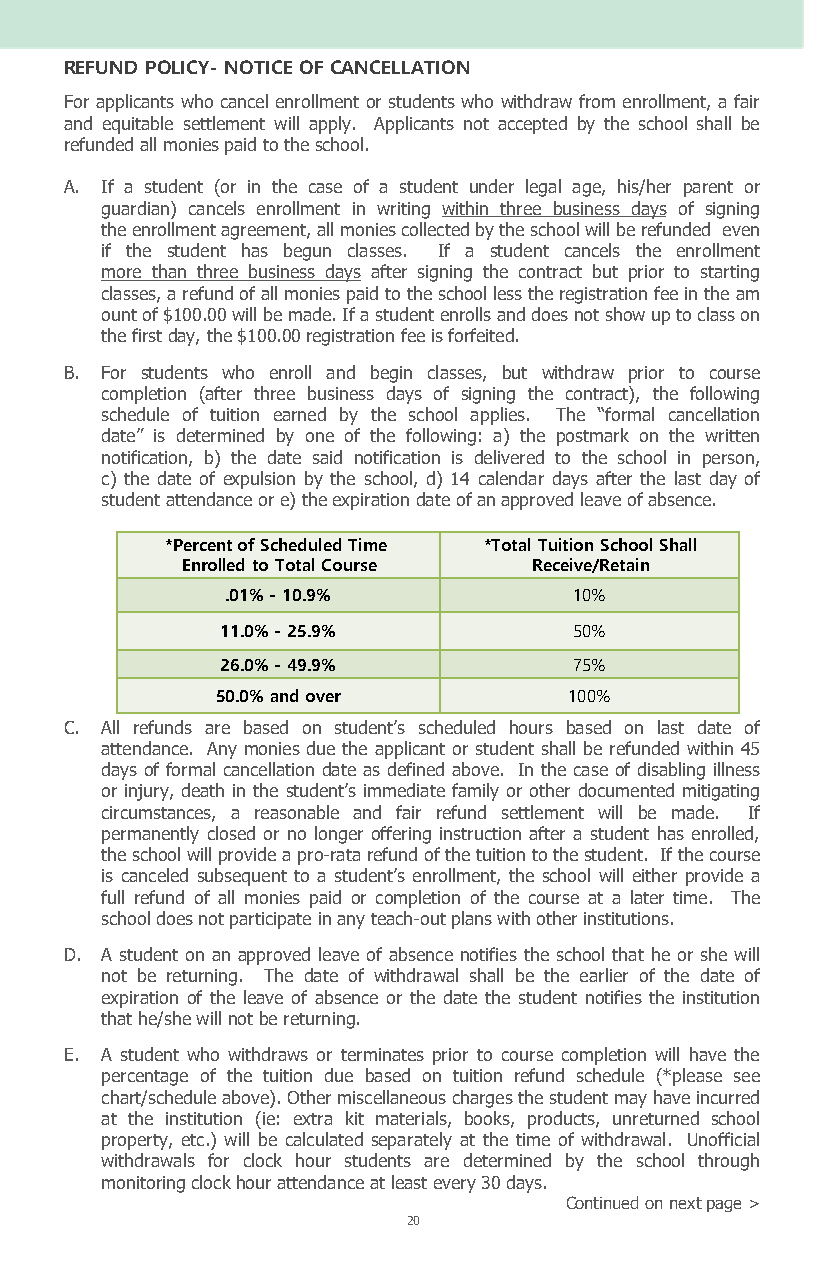
REFUND POLICY- NOTICE OF CANCELLATION
 For applicants who cancel enrollment or students who withdraw from enrollment, a fair
 and equitable settlement will apply. Applicants not accepted by the school shall be
 refunded all monies paid to the school.
 A. If a student (or in the case of a student under legal age, his/her parent or
 guardian) cancels enrollment in writing within three business days of signing
 the enrollment agreement, all monies collected by the school will be refunded even
 if the student has begun classes. If a student cancels the enrollment
 more than three business days after signing the contract but prior to starting
 classes, a refund of all monies paid to the school less the registration fee in the am
 ount of $100.00 will be made. If a student enrolls and does not show up to class on
 the first day, the $100.00 registration fee is forfeited.
 B. For students who enroll and begin classes, but withdraw prior to course
 completion (after three business days of signing the contract), the following
 schedule of tuition earned by the school applies. The “formal cancellation
 date” is determined by one of the following: a) the postmark on the written
 notification, b) the date said notification is delivered to the school in person,
 c) the date of expulsion by the school, d) 14 calendar days after the last day of
 student attendance or e) the expiration date of an approved leave of absence.
 *Percent of Scheduled Time *Total Tuition School Shall
 Enrolled to Total Course Receive/Retain
 .01% - 10.9%           10%
 11.0% - 25.9%          50%
 26.0% - 49.9%          75%
 50.0% and over          100%
 C. All refunds are based on student’s scheduled hours based on last date of
 attendance. Any monies due the applicant or student shall be refunded within 45
 days of formal cancellation date as defined above. In the case of disabling illness
 or injury, death in the student’s immediate family or other documented mitigating
 circumstances, a reasonable and fair refund settlement will be made. If
 permanently closed or no longer offering instruction after a student has enrolled,
 the school will provide a pro-rata refund of the tuition to the student. If the course
 is canceled subsequent to a student’s enrollment, the school will either provide a
 full refund of all monies paid or completion of the course at a later time. The
 school does not participate in any teach-out plans with other institutions.
 D. A student on an approved leave of absence notifies the school that he or she will
 not be returning. The date of withdrawal shall be the earlier of the date of
 expiration of the leave of absence or the date the student notifies the institution
 that he/she will not be returning.
 E. A student who withdraws or terminates prior to course completion will have the
 percentage of the tuition due based on tuition refund schedule (*please see
 chart/schedule above). Other miscellaneous charges the student may have incurred
 at the institution (ie: extra kit materials, books, products, unreturned school
 property, etc.) will be calculated separately at the time of withdrawal. Unofficial
 withdrawals for clock hour students are determined by the school through
 monitoring clock hour attendance at least every 30 days.
 Continued on next page >
 20